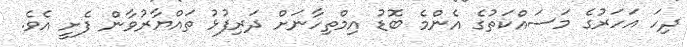
ދިހަ އަހަރުގެ މަސައްކަތުގެ އެންމެ ބޮޑު އިމްތިހާނަށް ދަރިފުޅު ތައްޔާރުވާން ފެށީ އެވެ.